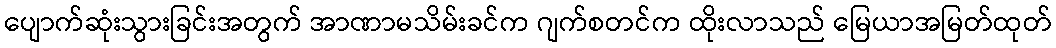
ပျောက်ဆုံးသွားခြင်းအတွက် အာဏာမသိမ်းခင်က ဂျက်စတင်က ထိုးလာသည် မြေယာအမြတ်ထုတ်